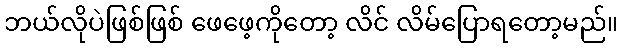
ဘယ်လိုပဲဖြစ်ဖြစ် ဖေဖေ့ကိုတော့ လိင် လိမ်ပြောရတော့မည်။